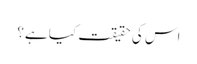
اس کی حقیقت کیا ہے؟